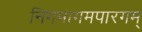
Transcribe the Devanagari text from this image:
निगमागमपारगम्